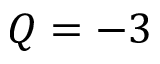
Q = - 3